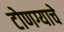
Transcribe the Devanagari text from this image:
टोणग्याचे